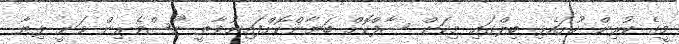
މީގެ ކުރިން ހުށައެޅި ބިލްގައި މިކަން ސާފްކޮށް ބަޔާންކޮށްފައިނުވާތީ ނޫސްވެރިން ވަނީ ލިޔާ